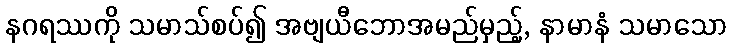
နဂရဿကို သမာသ်စပ်၍ အဗျယီဘောအမည်မှည့်, နာမာနံ သမာသော